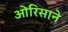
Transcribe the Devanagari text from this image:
ओरिसाने